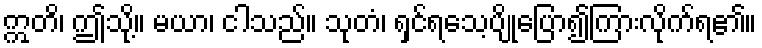
ဣတိ၊ ဤသို့။ မယာ၊ ငါသည်။ သုတံ၊ ရှင်ရသေ့ပျိုပြော၍ကြားလိုက်ရ၏။